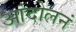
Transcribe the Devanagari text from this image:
आंदोलनं